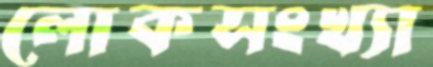
লোকসংখ্যা